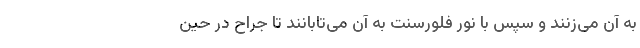
به آن می‌زنند و سپس با نور فلورسنت به آن می‌تابانند تا جراح در حین